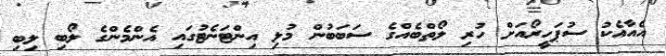
އެއާއެކު ސުޕަހީރޯއަށް ހުރި ލޯތްބެއްގެ ސަބަބުން މުޅި އިންޓަނެޓުގައި އެންމެންގެ ލޯބި ލިބި